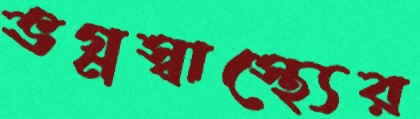
ভগ্নস্বাস্থ্যের